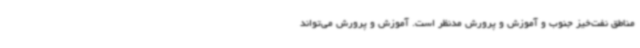
مناطق نفت‌خیز جنوب و آموزش و پرورش مدنظر است. آموزش و پرورش می‌تواند